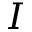
I